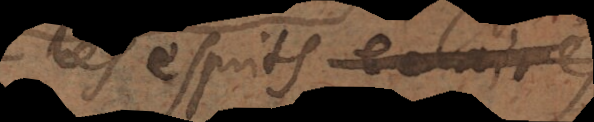
les esprits éclairés